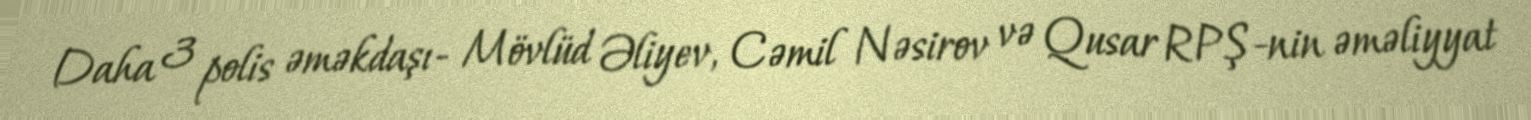
Daha 3 polis əməkdaşı- Mövlüd Əliyev, Cəmil Nəsirov və Qusar RPŞ-nin əməliyyat